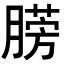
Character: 𣎙